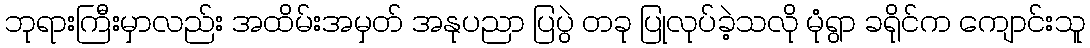
ဘုရားကြီးမှာလည်း အထိမ်းအမှတ် အနုပညာ ပြပွဲ တခု ပြုလုပ်ခဲ့သလို မုံရွာ ခရိုင်က ကျောင်းသူ